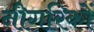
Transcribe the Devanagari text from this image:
नीगरिकों